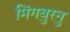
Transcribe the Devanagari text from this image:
मिंगबुरनु